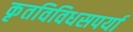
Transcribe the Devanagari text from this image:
कृतविविधसपर्या